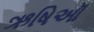
ઋષિઑ